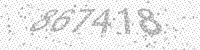
Solution: 867418